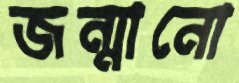
জন্মানো